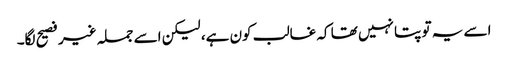
اسے یہ تو پتا نہیں تھا کہ غالب کون ہے، لیکن اسے جملہ غیر فصیح لگا۔